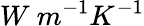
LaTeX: W\ m^{-1}K^{-1}